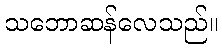
သဘောဆန်လေသည်။